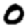
Digit: 0